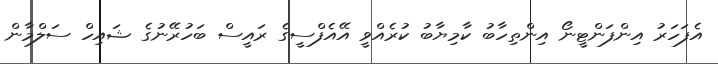
އެފަހަރު އިންފަންޓީނޯ އިންތިހާބު ކާމިޔާބު ކުރެއްވީ އޭއެފްސީގެ ރައީސް ބަހުރޭނުގެ ޝައިހް ސަލްމާން